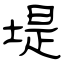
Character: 堤